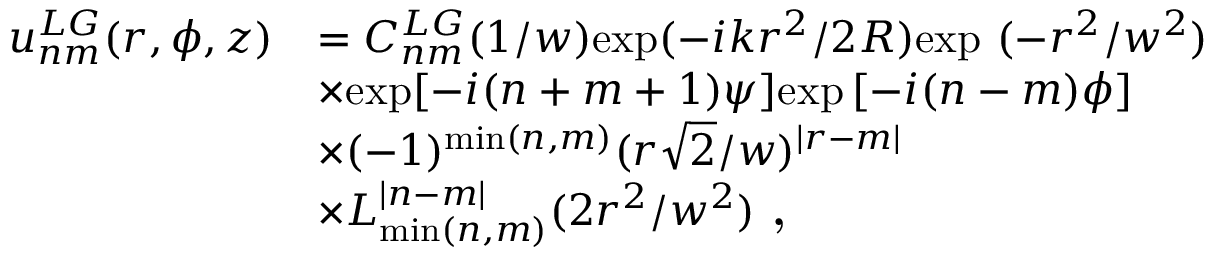
\begin{array} { r l } { u _ { n m } ^ { L G } ( r , \phi , z ) } & { = C _ { n m } ^ { L G } ( 1 / w ) \mathrm { e x p } ( - i k r ^ { 2 } / 2 R ) \mathrm { e x p ~ } ( - r ^ { 2 } / w ^ { 2 } ) } \\ & { \times \mathrm { e x p } [ - i ( n + m + 1 ) \psi ] \mathrm { e x p } \left[ - i ( n - m ) \phi \right] } \\ & { \times ( - 1 ) ^ { \mathrm { m i n } ( n , m ) } ( r \sqrt 2 / w ) ^ { \left| r - m \right| } } \\ & { \times L _ { \mathrm { m i n } ( n , m ) } ^ { \left| n - m \right| } ( 2 r ^ { 2 } / w ^ { 2 } ) \textbf { , } } \end{array}